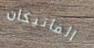
الفاتيكان